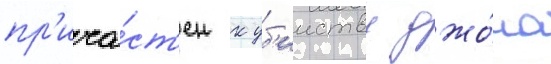
пр'ича́ст'ен к уб'ииству джо́на